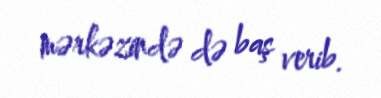
mərkəzində də baş verib.